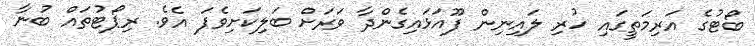
ބޯޓުގެ އަރިމަތީގައި ހުރި ލައިނިން ފޫއަޅައިގެންދާ ވަރަށް ބަލިކަށިވެފަ އެވެ. ރިޕޯޓުތައް ބުނާ